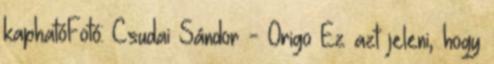
kaphatóFotó: Csudai Sándor - Origo Ez azt jeleni, hogy